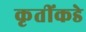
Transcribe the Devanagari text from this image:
कृतींकडे